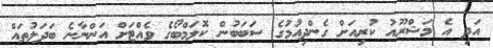
އަދި އެ މަޝްރޫއު ކުރިއަށް ގެންދިއުމުގެ ސަބަބުން ކޮލަމްބޯގެ ވެއްޓަށް އަންނާނެ ބަދަލުތައް